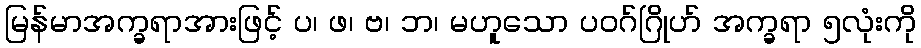
မြန်မာအက္ခရာအားဖြင့် ပ၊ ဖ၊ ဗ၊ ဘ၊ မဟူသော ပဝဂ်ဂြိုဟ် အက္ခရာ ၅လုံးကို